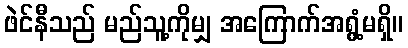
ဖဲင်နီသည် မည်သူ့ကိုမျှ အကြောက်အရွံ့မရှိ။